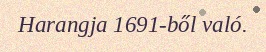
Harangja 1691-ből való.